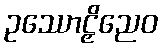
ဥဿောဠှိညေဝ